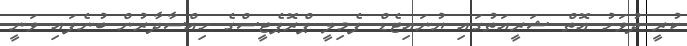
ކުރީ ދުވަހު އޮތް ޝަރީއަތުގައި ޔުނައިޓެޑް ފެމިލީ ޕްރޮޕެޓީސްގެ ހިއްސާދާރުން ބުނެފައި ވަނީ